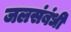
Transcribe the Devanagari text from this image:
जलसंबंधी